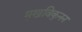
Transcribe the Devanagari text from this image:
मुखविकुनन